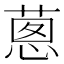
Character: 𦵇